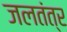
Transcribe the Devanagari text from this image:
जलतंत्र